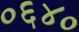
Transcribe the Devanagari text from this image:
०६४०